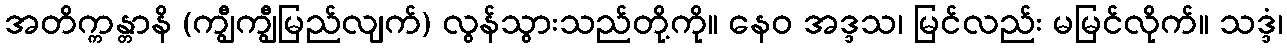
အတိက္ကန္တာနိ (ကျွီကျွီမြည်လျက်) လွန်သွားသည်တို့ကို။ နေဝ အဒ္ဒသ၊ မြင်လည်း မမြင်လိုက်။ သဒ္ဒံ၊